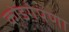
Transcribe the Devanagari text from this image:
कोडगेपणा